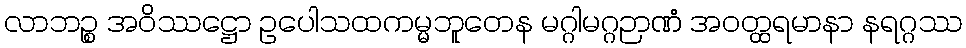
လာဘဉ္စ အဝိဿဋ္ဌော ဥပေါသထကမ္မဘူတေန မဂ္ဂါမဂ္ဂဉာဏံ အဝတ္ထရမာနာ နရဂ္ဂဿ